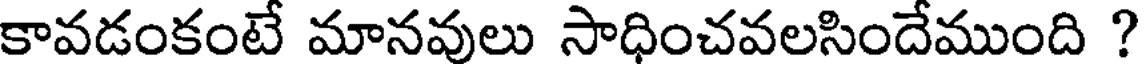
కావడంకంటే మానవులు సాధించవలసిందేముంది ?